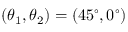
( \theta _ { \mathrm { 1 } } , \theta _ { \mathrm { 2 } } ) = ( 4 5 ^ { \circ } , 0 ^ { \circ } )